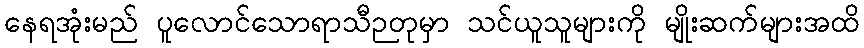
နေရအုံးမည် ပူလောင်သောရာသီဉတုမှာ သင်ယူသူများကို မျိုးဆက်များအထိ